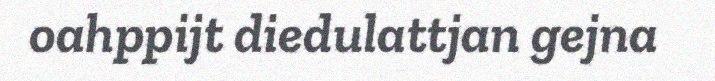
oahppijt diedulattjan gejna